Senior Leaving Certificate Examination (including Day School Certificate (Higher) General paper), 1948
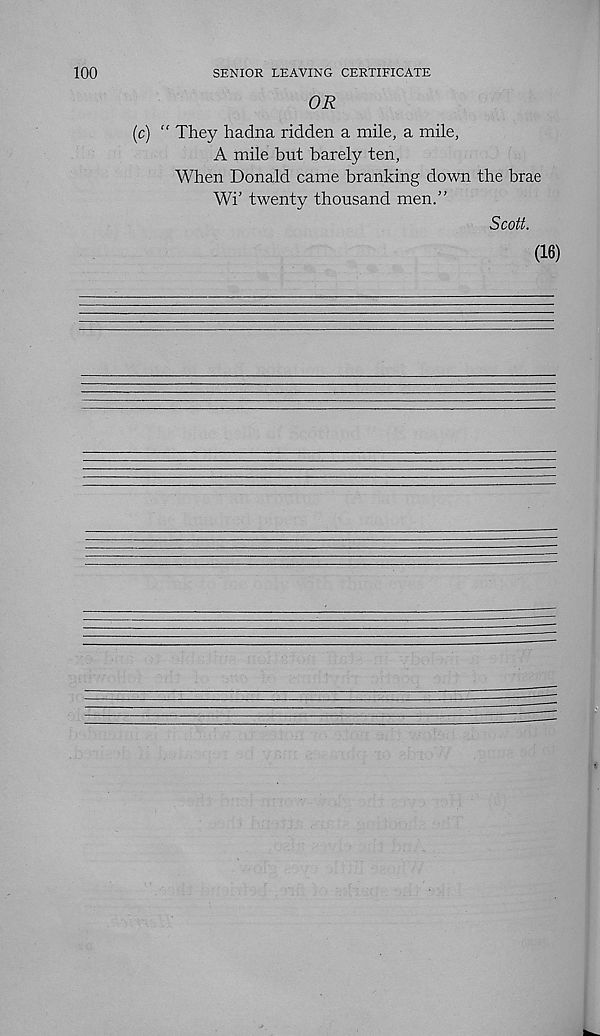
100
SENIOR LEAVING CERTIFICATE
OR
(c) “ They hadna ridden a mile, a mile,
A mile but barely ten,
When Donald came branking down the brae
Wi’ twenty thousand men."
Scott.
(16)